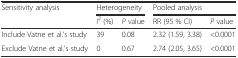
<table><thead><tr><td rowspan="2"><b>Sensitivity analysis</b></td><td colspan="2"><b>Heterogeneity</b></td><td colspan="2"><b>Pooled analysis</b></td></tr><tr><td><b><i>I</i><sup>2</sup> (%)</b></td><td><b><i>P</i> value</b></td><td><b>RR (95 % CI)</b></td><td><b><i>P</i> value</b></td></tr></thead><tbody><tr><td>Include Vatne et al.’s study</td><td>39</td><td>0.08</td><td>2.32 (1.59, 3.38)</td><td>&lt;0.0001</td></tr><tr><td>Exclude Vatne et al.’s study</td><td>0</td><td>0.67</td><td>2.74 (2.05, 3.65)</td><td>&lt;0.0001</td></tr></tbody></table>